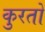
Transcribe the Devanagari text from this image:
कुरतों